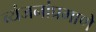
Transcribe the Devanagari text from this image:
व्यंजनांप्रमाणे